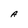
Character: A